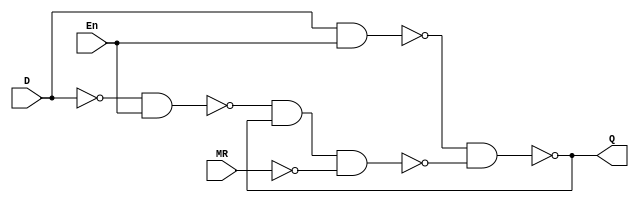
`timescale 1ns / 1ps

module D_Latch(Q,D,En,MR);
    input D,En,MR;
    output Q;
    
    wire v,w,x,y,z;
    
    not  A0(z,D);
    nand A1(w,D,En);
    nand A2(x,z,En);
    nand B1(Q,w,y);
    nand B2(y,x,Q,v);
    not  R0(v,MR);
    
endmodule